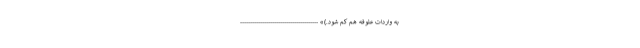
به واردات علوفه هم کم شود.)» ---------------------------------------